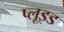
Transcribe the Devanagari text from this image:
प्लूइड